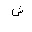
Letter: _shin